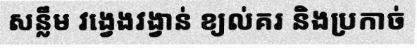
សន្លឹម វង្វេងវង្វាន់ ខ្យល់គរ និងប្រកាច់